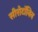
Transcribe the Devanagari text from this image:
सीरोटॉनिन